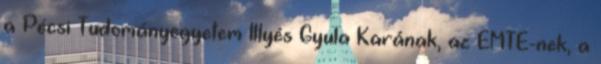
a Pécsi Tudományegyetem Illyés Gyula Karának, az EMTE-nek, a